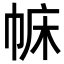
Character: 𢃅